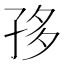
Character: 𡥥